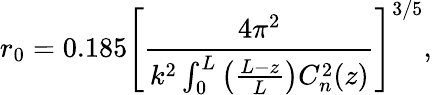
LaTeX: r_{0}=0.185\left[\frac{4\pi^{2}}{k^{2}\int_{0}^{L}\left(\frac{L-z}{L}\right)C_{n}^{2}(z)}\right]^{3/5},